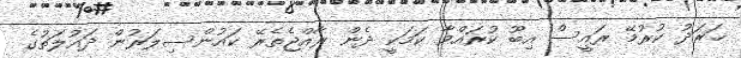
ޚަރަދު ކުރުމޭ ރައީސް އިބޫ ކުރައްވާ ކަމަކީ ދެން ރާއްޖެތެރޭ ކައުންސިލަރުން ދައުލަތުގެ